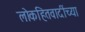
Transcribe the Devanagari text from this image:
लोकहितवादींच्या